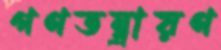
গণতন্ত্রায়ণ